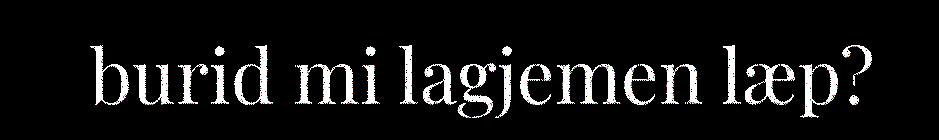
burid mi lagjemen læp?